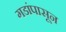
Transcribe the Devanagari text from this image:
गडांपासून